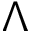
\Lambda